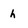
Character: h